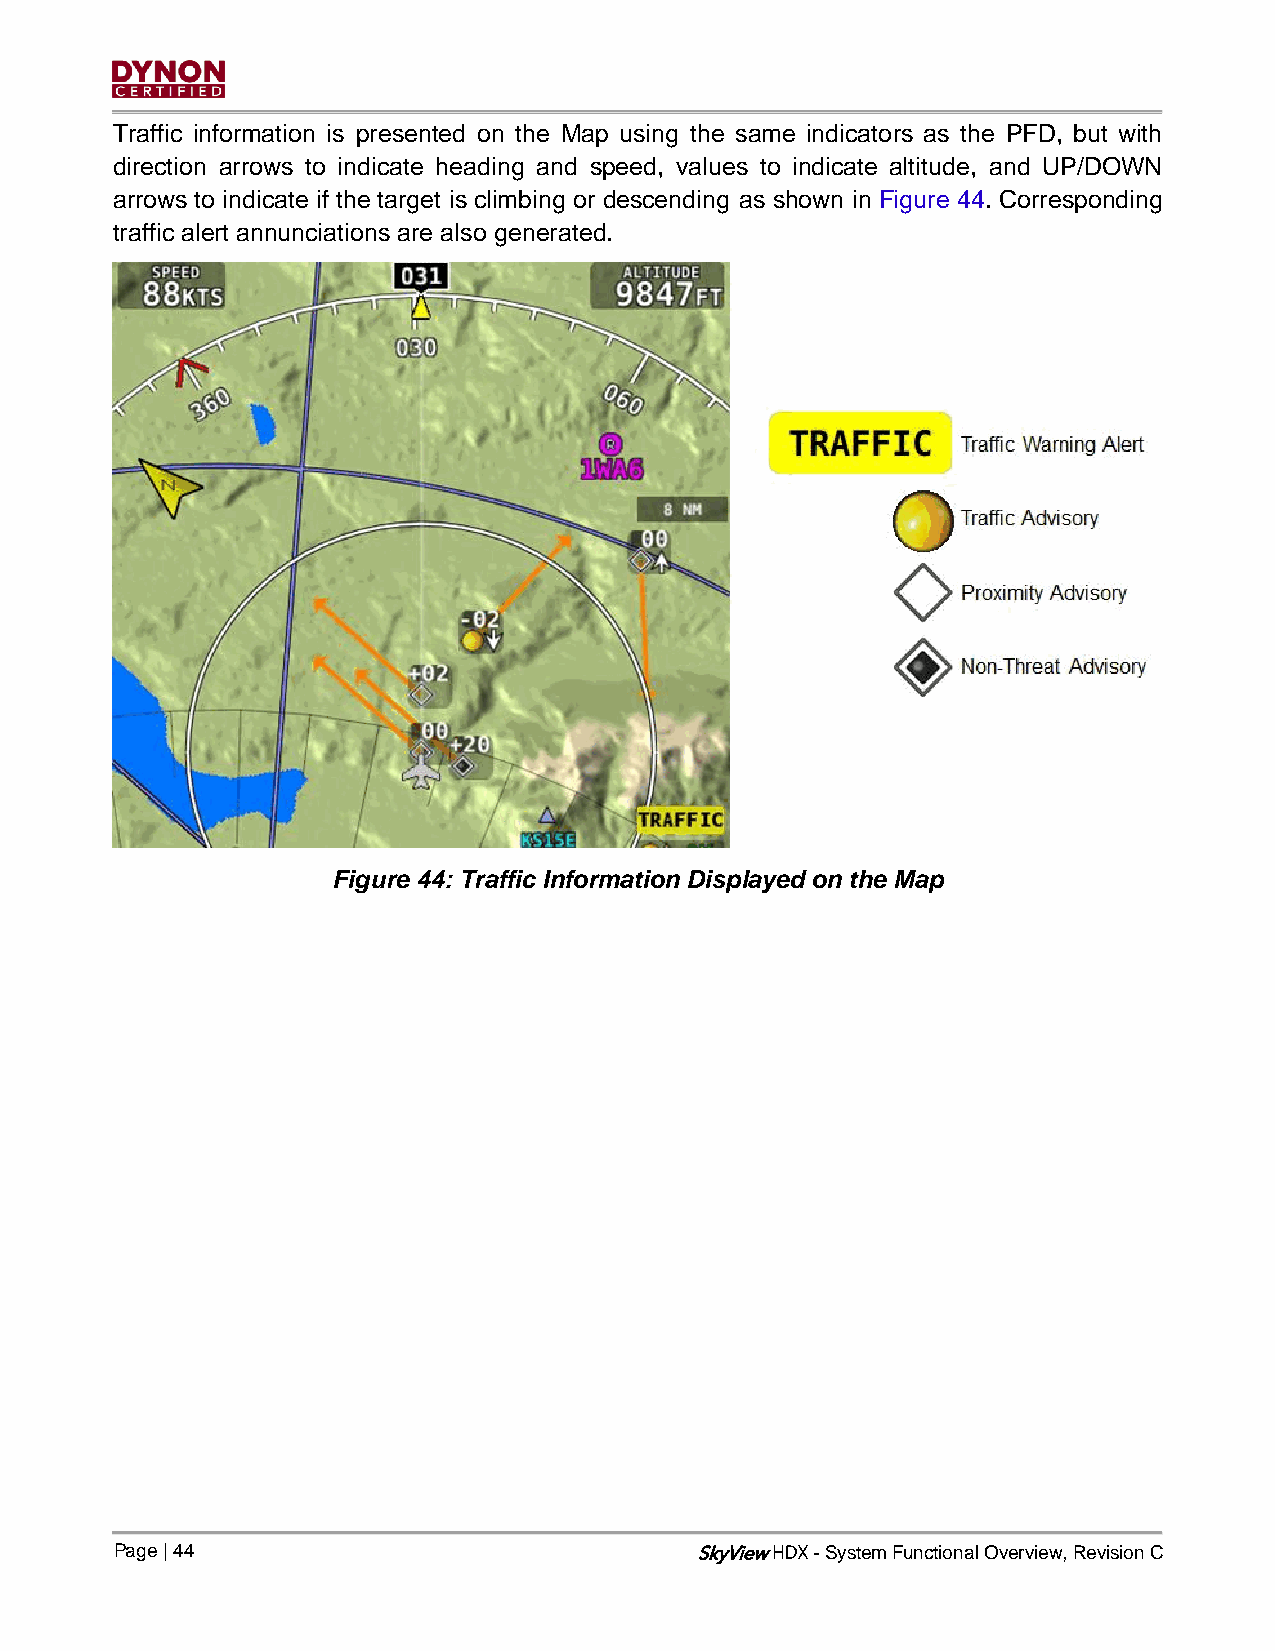
Traffic information is presented on the Map using the same indicators as the PFD, but with
 direction arrows to indicate heading and speed, values to indicate altitude, and UP/DOWN
 arrows to indicate if the target is climbing or descending as shown in Figure 44. Corresponding
 traffic alert annunciations are also generated.
 Figure 44: Traffic Information Displayed on the Map
 Page | 44                             SkyView - System Functional Overview, Revision C